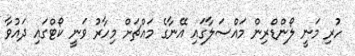
ހުރި މަނީ ލޯންޑްރިން މައްސަލާގައި އޭނާގެ މައްޗަށް މިހާރު ވަނީ ކޯޓްގައި ދައުވާ